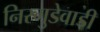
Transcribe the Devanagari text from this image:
निरगुडेवाडी